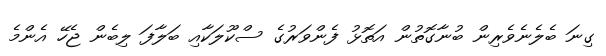
ގިނަ ބެލެނެވެރިން ބުނާގޮތުން އަތޮޅު ފެންވަރުގެ ސްކޫލަކާއި ބަލާފަ ލިބެން ޖެހޭ އެންމެ